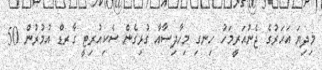
މިދިޔަ އަހަރުގެ ޖެނުއަރީމަހު ހިނގި މިހާދިސާއާ ގުޅިގެން ސެކިއުރިޓީ ގާރޑް އުމުރުން 50